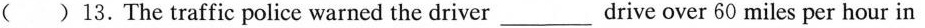
( )13.The traffic police warned the driver___drive over 60 miles per hour in